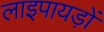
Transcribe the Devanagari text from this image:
लाइपायड़ों